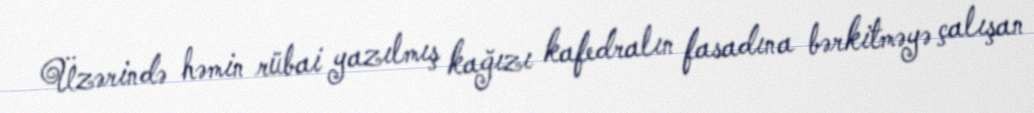
Üzərində həmin rübai yazılmış kağızı kafedralın fasadına bərkitməyə çalışan